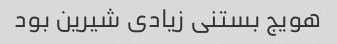
هویج بستنی زیادی شیرین بود